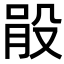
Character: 𣪓